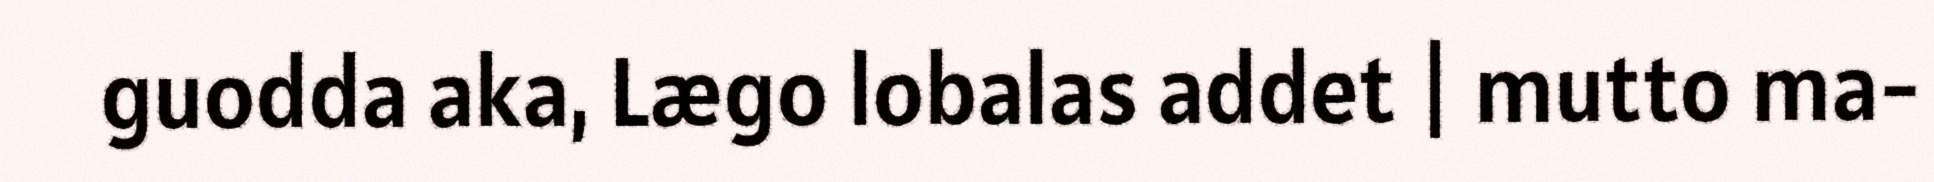
guodda aka, Lægo lobalas addet | mutto ma-